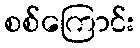
စစ်ကြောင်း